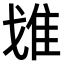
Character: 𨾓